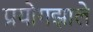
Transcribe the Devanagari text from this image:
प्रयोगझाले